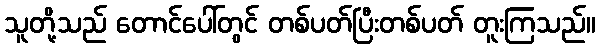
သူတို့သည် တောင်ပေါ်တွင် တစ်ပတ်ပြီးတစ်ပတ် တူးကြသည်။